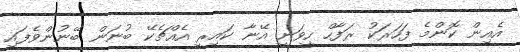
އެއިން ކޮންމެ ފަހަރަކު ރަފާހް ހީވަނީ އޭނާ ކައިރީ އެއްޗެކޭ ބުނަން ބޭނުންވެފައި